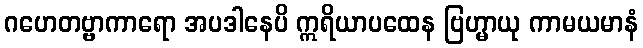
ဂဟေတဗ္ဗာကာရော အပဒါနေပိ ဣရိယာပထေန ဗြဟ္မာယု ကာမယမာနံ